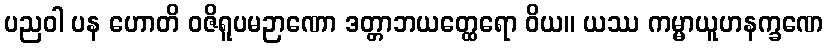
ပညဝါ ပန ဟောတိ ဝဇိရူပမဉာဏော ဒတ္တာဘယတ္ထေရော ဝိယ။ ယဿ ကမ္မာယူဟနက္ခဏေ